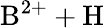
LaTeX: \mathrm{B^{2+}+H}